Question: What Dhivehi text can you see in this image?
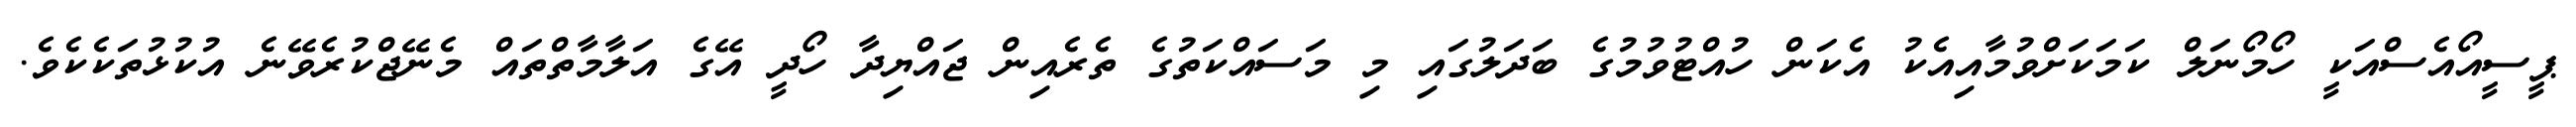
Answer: ޕީސީއޯއެސްއަކީ ހޯމޯނަލް ކަމަކަށްވުމާއިއެކު އެކަން ހުއްޓުވުމުގެ ބަދަލުގައި މި މަސައްކަތުގެ ތެރެއިން ޖައްޔިދާ ހޯދީ އޭގެ އަލާމާތްތައް މެނޭޖްކުރެވޭނެ އުކުޅުތަކެކެވެ.